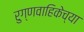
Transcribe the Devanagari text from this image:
रुग्णवाहिकेच्या